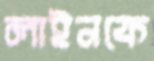
লাইনকে